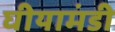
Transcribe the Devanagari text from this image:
घीयामंडी